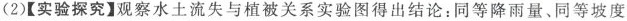
(2)【实验探究】观察水土流失与植被关系实验图得出结论：同等降雨量、同等坡度